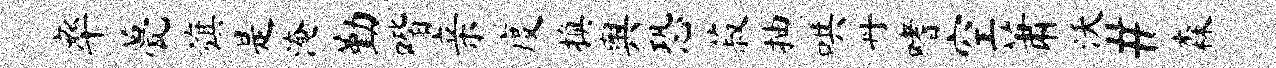
率甍旗是淹勤喈亲度换舆恐菽抽哄丹嗜空萧沃#森